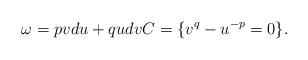
LaTeX: \begin{align*}\omega=pvdu+qudv C=\{v^q-u^{-p}=0\}.\end{align*}